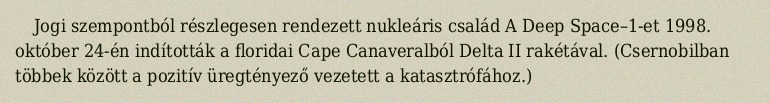
Jogi szempontból részlegesen rendezett nukleáris család A Deep Space–1-et 1998. október 24-én indították a floridai Cape Canaveralból Delta II rakétával. (Csernobilban többek között a pozitív üregtényező vezetett a katasztrófához.)